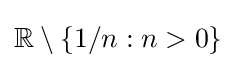
\mathbb {R} \setminus \{1/n:n>0\}